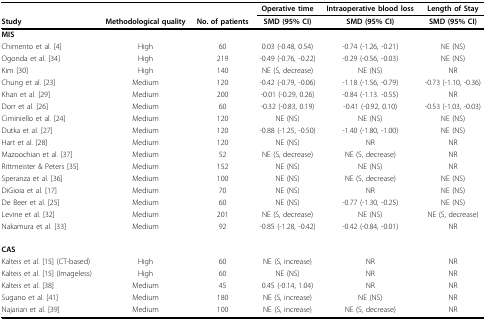
<table><thead><tr><td></td><td></td><td></td><td><b>Operative time</b></td><td><b>Intraoperative blood loss</b></td><td><b>Length of Stay</b></td></tr><tr><td><b>Study</b></td><td><b>Methodological quality</b></td><td><b>No. of patients</b></td><td><b>SMD (95% CI)</b></td><td><b>SMD (95% CI)</b></td><td><b>SMD (95% CI)</b></td></tr></thead><tbody><tr><td><b>MIS</b></td><td></td><td></td><td></td><td></td><td></td></tr><tr><td>Chimento et al. [4]</td><td>High</td><td>60</td><td>0.03 (-0.48, 0.54)</td><td>-0.74 (-1.26, -0.21)</td><td>NE (NS)</td></tr><tr><td>Ogonda et al. [34]</td><td>High</td><td>219</td><td>-0.49 (-0.76, -0.22)</td><td>-0.29 (-0.56, -0.03)</td><td>NE (NS)</td></tr><tr><td>Kim [30]</td><td>High</td><td>140</td><td>NE (S, decrease)</td><td>NE (NS)</td><td>NR</td></tr><tr><td>Chung et al. [23]</td><td>Medium</td><td>120</td><td>-0.42 (-0.79, -0.06)</td><td>-1.18 (-1.56, -0.79)</td><td>-0.73 (-1.10, -0.36)</td></tr><tr><td>Khan et al. [29]</td><td>Medium</td><td>200</td><td>-0.01 (-0.29, 0.26)</td><td>-0.84 (-1.13. -0.55)</td><td>NR</td></tr><tr><td>Dorr et al. [26]</td><td>Medium</td><td>60</td><td>-0.32 (-0.83, 0.19)</td><td>-0.41 (-0.92, 0.10)</td><td>-0.53 (-1.03, -0.03)</td></tr><tr><td>Ciminiello et al. [24]</td><td>Medium</td><td>120</td><td>NE (NS)</td><td>NE (NS)</td><td>NE (NS)</td></tr><tr><td>Dutka et al. [27]</td><td>Medium</td><td>120</td><td>-0.88 (-1.25, -0.50)</td><td>-1.40 (-1.80, -1.00)</td><td>NE (NS)</td></tr><tr><td>Hart et al. [28]</td><td>Medium</td><td>120</td><td>NE (NS)</td><td>NR</td><td>NR</td></tr><tr><td>Mazoochian et al. [37]</td><td>Medium</td><td>52</td><td>NE (S, decrease)</td><td>NE (S, decrease)</td><td>NR</td></tr><tr><td>Rittmeister &amp; Peters [35]</td><td>Medium</td><td>152</td><td>NE (NS)</td><td>NE (NS)</td><td>NR</td></tr><tr><td>Speranza et al. [36]</td><td>Medium</td><td>100</td><td>NE (NS)</td><td>NE (S, decrease)</td><td>NE (NS)</td></tr><tr><td>DiGioia et al. [17]</td><td>Medium</td><td>70</td><td>NE (NS)</td><td>NR</td><td>NE (NS)</td></tr><tr><td>De Beer et al. [25]</td><td>Medium</td><td>60</td><td>NE (NS)</td><td>-0.77 (-1.30, -0.25)</td><td>NE (NS)</td></tr><tr><td>Levine et al. [32]</td><td>Medium</td><td>201</td><td>NE (S, decrease)</td><td>NE (NS)</td><td>NE (S, decrease)</td></tr><tr><td>Nakamura et al. [33]</td><td>Medium</td><td>92</td><td>-0.85 (-1.28, -0.42)</td><td>-0.42 (-0.84, -0.01)</td><td>NR</td></tr><tr><td><b>CAS</b></td><td></td><td></td><td></td><td></td><td></td></tr><tr><td>Kalteis et al. [15] (CT-based)</td><td>High</td><td>60</td><td>NE (S, increase)</td><td>NR</td><td>NR</td></tr><tr><td>Kalteis et al. [15] (Imageless)</td><td>High</td><td>60</td><td>NE (NS)</td><td>NR</td><td>NR</td></tr><tr><td>Kalteis et al. [38]</td><td>Medium</td><td>45</td><td>0.45 (-0.14, 1.04)</td><td>NR</td><td>NR</td></tr><tr><td>Sugano et al. [41]</td><td>Medium</td><td>180</td><td>NE (S, increase)</td><td>NE (NS)</td><td>NR</td></tr><tr><td>Najarian et al. [39]</td><td>Medium</td><td>100</td><td>NE (S, increase)</td><td>NE (S, decrease)</td><td>NR</td></tr></tbody></table>